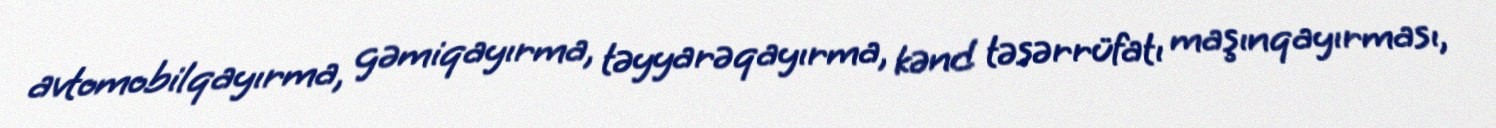
avtomobilqayırma, gəmiqayırma, təyyarəqayırma, kənd təsərrüfatı maşınqayırması,